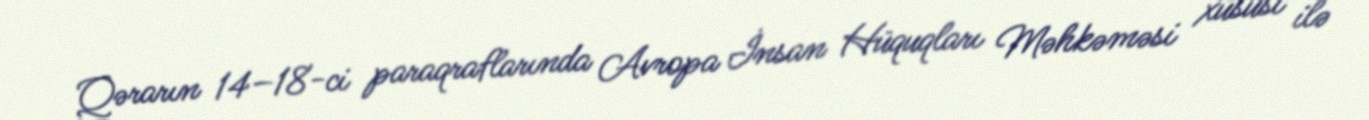
Qərarın 14–18-ci paraqraflarında Avropa İnsan Hüquqları Məhkəməsi xüsusi ilə